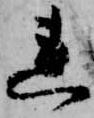
連